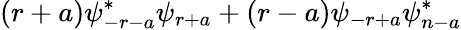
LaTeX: (r+a)\psi_{-r-a}^{*}\psi_{r+a}+(r-a)\psi_{-r+a}\psi_{n-a}^{*}